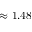
\approx 1 . 4 8